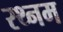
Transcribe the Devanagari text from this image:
रथ्नम